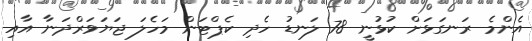
އެންމެ ރަނގަޅަށް ކުޅުނީ 78 ލަނޑު ހެދި ކެޕްޓަން މަހެލަ ޖަޔަވަރްދަނާ އާއި